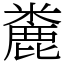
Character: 麊